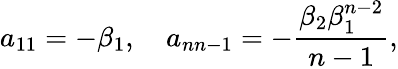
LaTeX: a_{11}=-\beta_{1},\quad a_{nn-1}=-\frac{\beta_{2}\beta_{1}^{n-2}}{n-1},